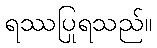
ရဿပြုရသည်။